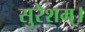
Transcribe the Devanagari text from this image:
सुरेशम्।